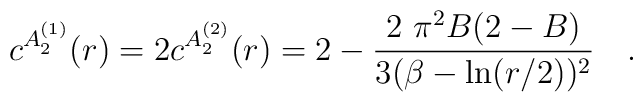
c^{A_{2}^{(1)}}(r)=2c^{A_{2}^{(2)}}(r)=2-\frac{2\,\,\pi ^{2}B(2-B)}{3(\beta-\ln (r/2))^{2}}\quad .